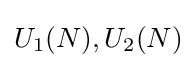
U_{1}(N),U_{2}(N)